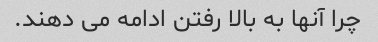
چرا آنها به بالا رفتن ادامه می دهند.